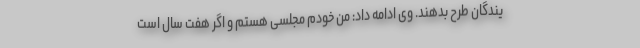
یندگان طرح بدهند. وی ادامه داد: من خودم مجلسی هستم و اگر هفت سال است